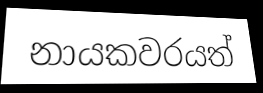
නායකවරයත්